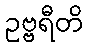
ဥဗ္ဗရီတိ